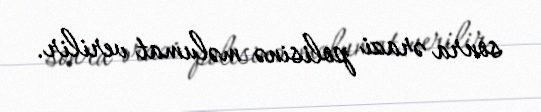
sonra ərazi polisinə məlumat verilir.